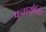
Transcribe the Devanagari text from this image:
पुनार्युक्ति